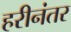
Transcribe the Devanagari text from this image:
हरीनंतर